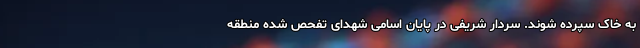
به خاک سپرده شوند. سردار شریفی در پایان اسامی شهدای تفحص شده منطقه